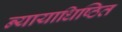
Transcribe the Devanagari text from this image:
न्यायाधिष्ठित